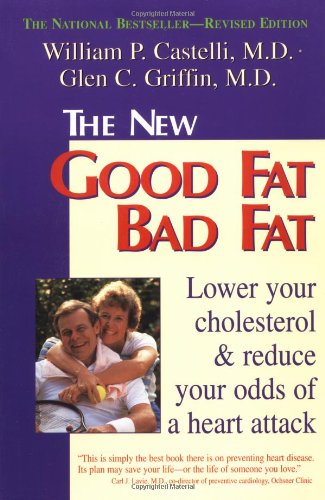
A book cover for The New Good Fat Bad Fat: Lower Your Cholesterol and Reduce Your Odds of a Heart Attack; Castelli; Cookbooks, Food & Wine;